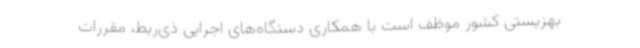
بهزیستی کشور موظف است با همکاری دستگاه‌های اجرایی ذی‌ربط، مقررات